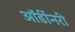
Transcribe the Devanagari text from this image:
ऑर्डीनरी